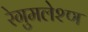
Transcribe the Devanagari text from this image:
रेगुमलेश्ण